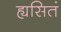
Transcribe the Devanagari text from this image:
ह्यसितं